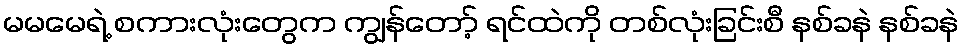
မမမေရဲ့ စကားလုံးတွေက ကျွန်တော့် ရင်ထဲကို တစ်လုံးခြင်းစီ နစ်ခနဲ နစ်ခနဲ